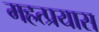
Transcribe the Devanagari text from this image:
महत्प्रयास